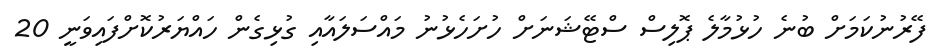
ފޭރުނުކަމަށް ބުނެ ހުޅުމާލެ ޕޮލިސް ސްޓޭޝަނަށް ހުށަހެޅުނު މައްސަލައާއި ގުޅިގެން ހައްޔަރުކޮށްފައިވަނީ 20